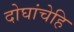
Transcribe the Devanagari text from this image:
दोघांचेहि